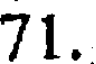
71.